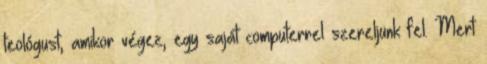
teológust, amikor végez, egy saját computerrel szereljünk fel. Mert